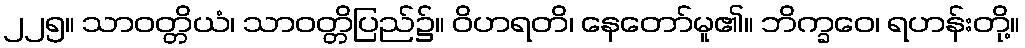
၂၂၅။ သာဝတ္တိယံ၊ သာဝတ္တိပြည်၌။ ဝိဟရတိ၊ နေတော်မူ၏။ ဘိက္ခဝေ၊ ရဟန်းတို့။